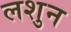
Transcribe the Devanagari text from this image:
लशुन